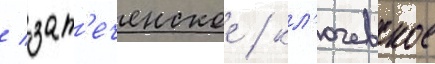
/ зат'еченское / кл'ючевское